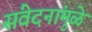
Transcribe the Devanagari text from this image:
संवेदनांमुळे